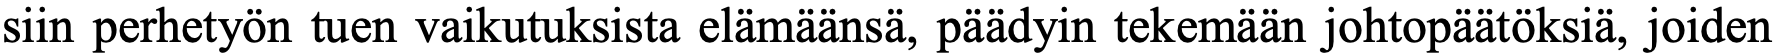
siin perhetyön tuen vaikutuksista elämäänsä, päädyin tekemään johtopäätöksiä, joiden